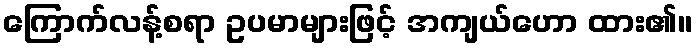
ကြောက်လန့်စရာ ဥပမာများဖြင့် အကျယ်ဟော ထား၏။